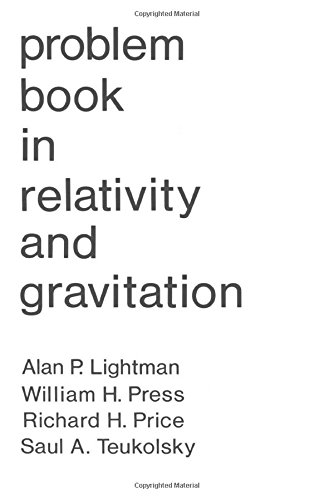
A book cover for Problem Book in Relativity and Gravitation; A. Lightman; Science & Math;